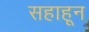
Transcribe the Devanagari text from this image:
सहाहून